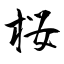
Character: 桜